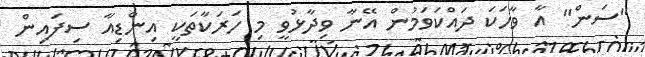
"ސަން" އާ ވާހަކަ ދައްކަވަމުން އޭނާ ވިދާޅުވީ މި ހަރަކާތަކީ އިންޑިއާ ސިފައިން